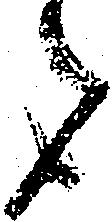
者